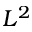
L ^ { 2 }